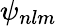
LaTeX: \psi_{nlm}